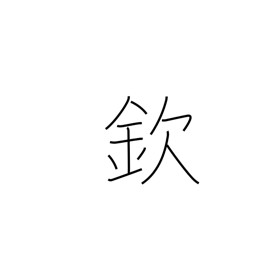
Meaning: respect